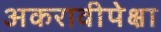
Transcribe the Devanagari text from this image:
अकरावीपेक्षा